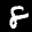
Label: 8